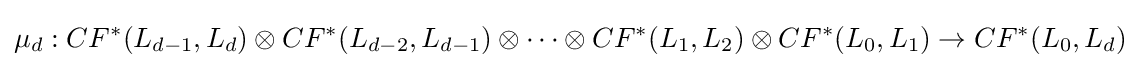
\mu _{d}:CF^{*}(L_{d-1},L_{d})\otimes CF^{*}(L_{d-2},L_{d-1})\otimes \cdots \otimes CF^{*}(L_{1},L_{2})\otimes CF^{*}(L_{0},L_{1})\to CF^{*}(L_{0},L_{d})